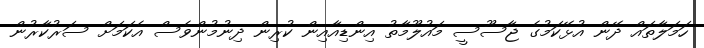
ހަމަލާތައް ދޭން އުޅޭކަމުގެ ޖާސޫސީ މައުލޫމާތު އިންޑިއާއިން ކުރިން ދިނުމުންވެސް އެކަމަށް ސަރުކާރުން